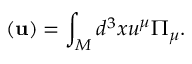
{ } { \bf \Pi } ( { \bf u } ) = \int _ { M } d ^ { 3 } x u ^ { \mu } { \Pi } _ { \mu } .